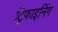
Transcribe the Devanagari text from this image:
ट्रिफाइनिंग